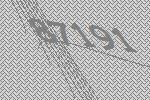
87191